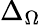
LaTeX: \Delta_{\Omega}